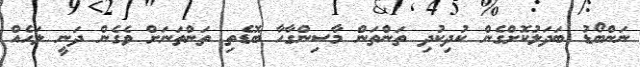
ނަންބޯޑު ބަދަލުކޮށްގެން ކުދިކުދި ތަންތަން މާސިންގާހާ ބޮޑެތި ތަންތަނަށް ވެގެން ދަނީ ލަހެއް